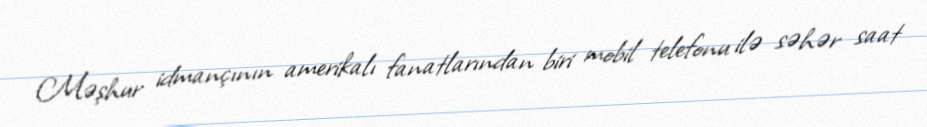
Məşhur idmançının amerikalı fanatlarından biri mobil telefonu ilə səhər saat